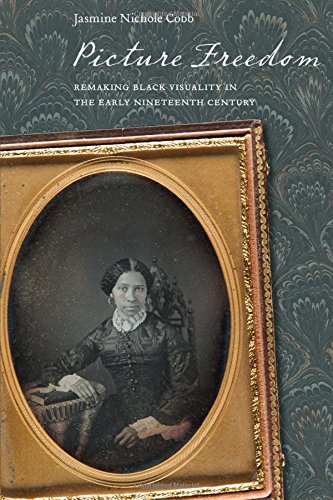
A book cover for Picture Freedom: Remaking Black Visuality in the Early Nineteenth Century (America and the Long 19th Century); Jasmine Nichole Cobb; Law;